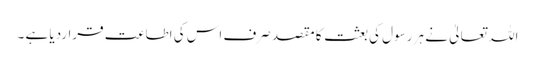
اللہ تعالیٰ نے ہر رسول کی بعثت کا مقصد صرف اس کی اطاعت قراردیا ہے ۔